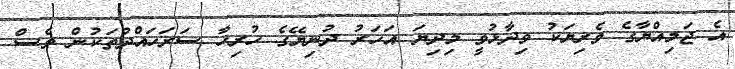
އެ ޖަމިއްޔާގެ ވެރިޔަކު ވިދާޅުވީ މިދިޔަ އަހަރު ދުނިޔޭގެ ހުރިހާ ސަރަހައްދުތަކުން ވެސް